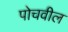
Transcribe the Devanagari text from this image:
पोचवील